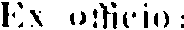
Ex officio: